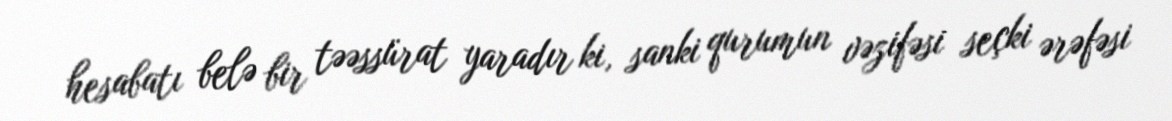
hesabatı belə bir təəssürat yaradır ki, sanki qurumun vəzifəsi seçki ərəfəsi